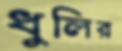
ধুলির